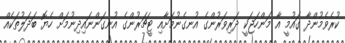
ކުރެވެމުންދާ ގައުމީ އާ މަންހަޖަކީ ދަރިވަރުންގެ އުނގެނުމަށާއި ޓީޗަރުންގެ އުނގަންނައިދިނުމަށް ހެޔޮ ބަދަލުތަކެއް